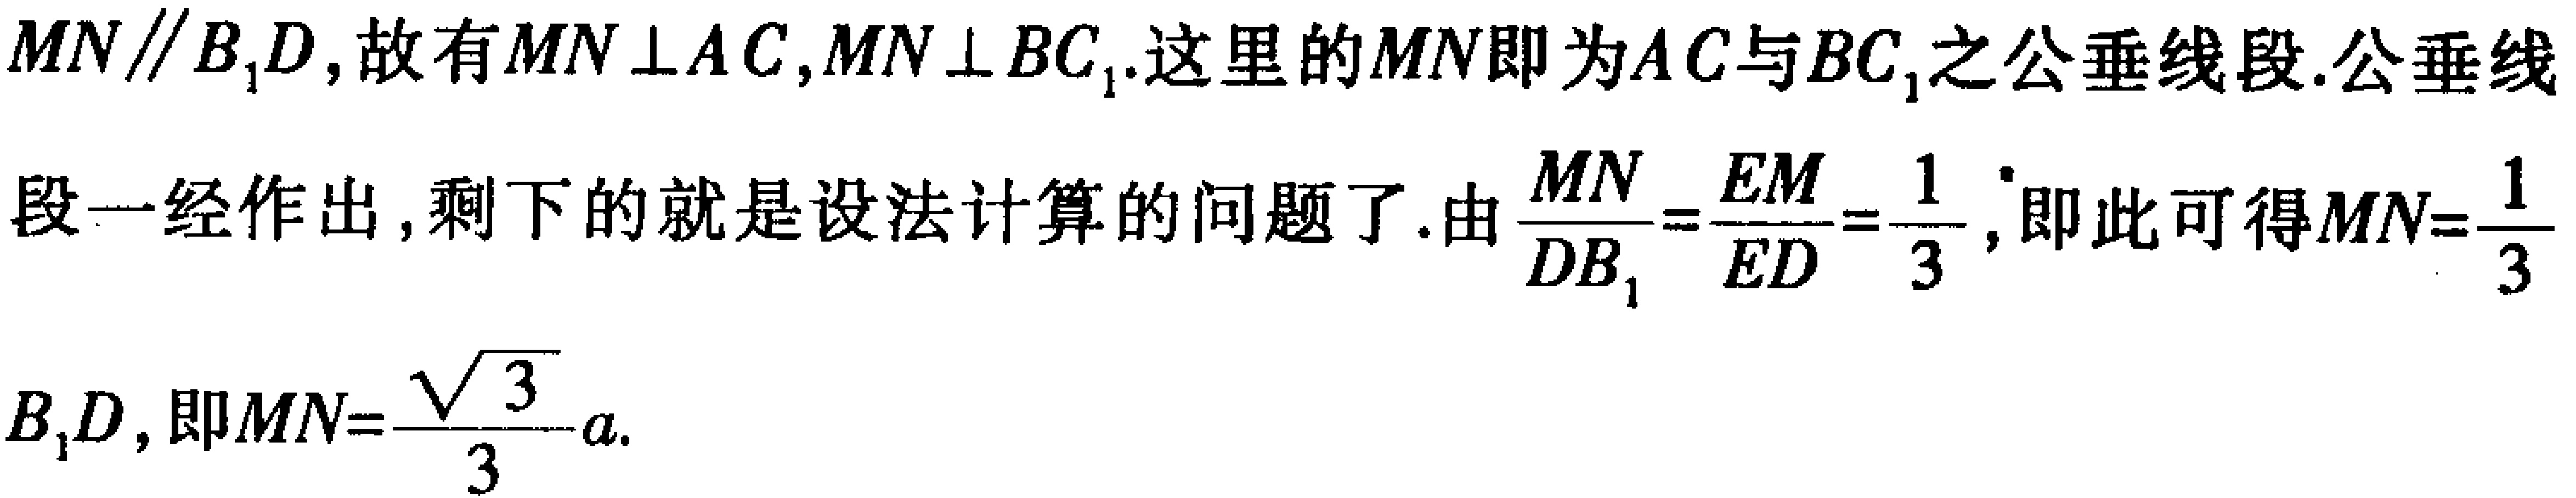
$MN\parallel B_{1}D,故有MN\perp AC,MN\perp BC_{1}.这里的MN即为AC与BC_{1}之公垂线段.公垂线段一经作出,剩下的就是设法计算的问题了.由\frac{MN}{DB_{1}}=\frac{EM}{ED}=\frac{1}{3},即此可得MN=\frac{1}{3}B_{1}D,即MN=\frac{\sqrt{3}}{3}a.$